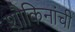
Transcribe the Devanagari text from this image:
शौकिनांची